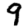
Digit: 9